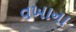
વખાના